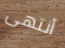
أنتهى